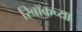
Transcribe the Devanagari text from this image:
रिबॉकच्या